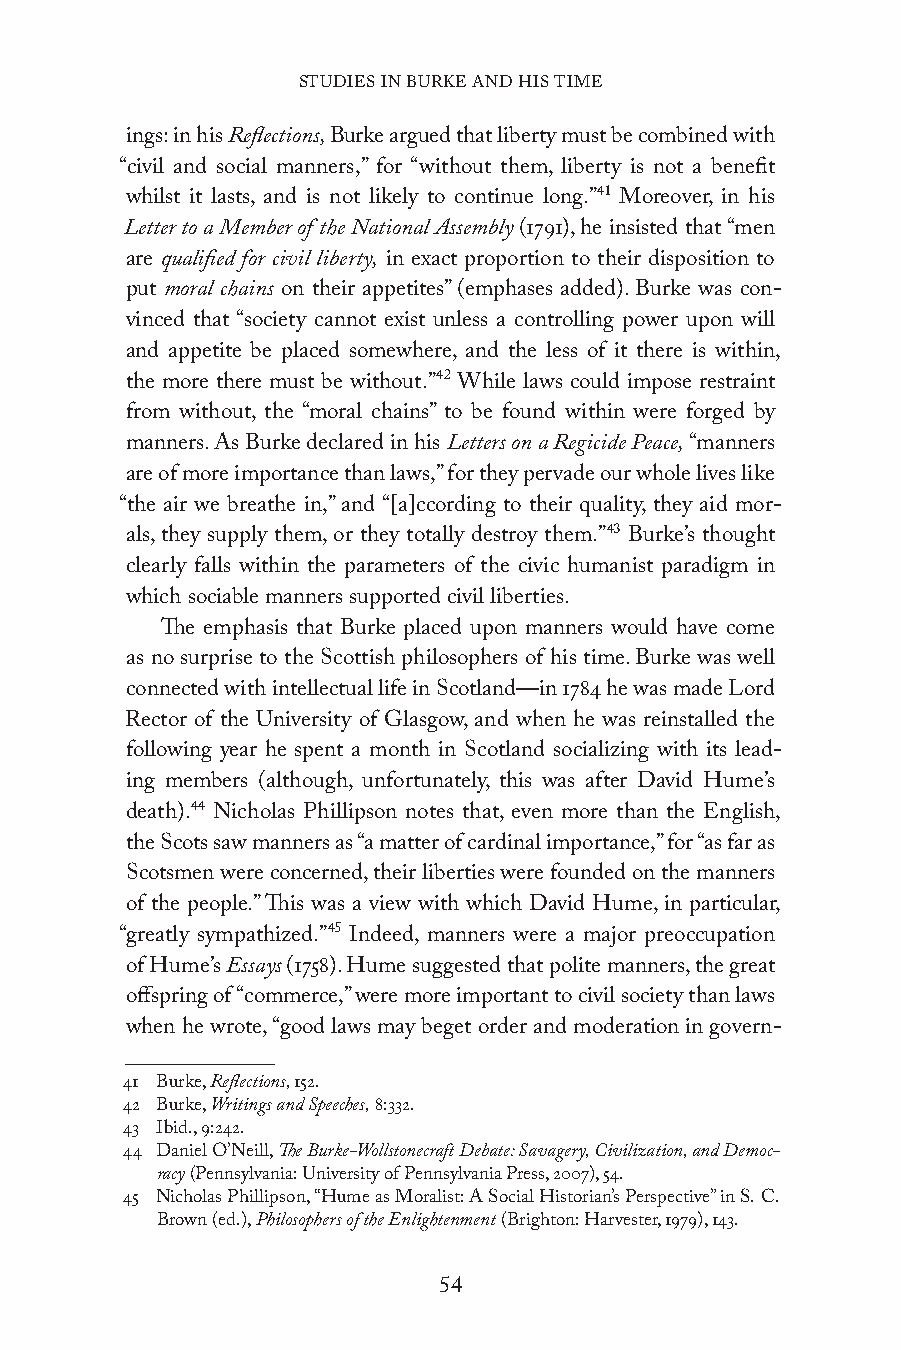
STUDIES IN BURKE AND HIS TIME
 ings: in his Reflections, Burke argued that liberty must be combined with
 “civil and social manners,” for “without them, liberty is not a benefit
 whilst it lasts, and is not likely to continue long.”41 Moreover, in his
 Letter to a Member of the National Assembly (1791), he insisted that “men
 are qualified for civil liberty, in exact proportion to their disposition to
 put moral chains on their appetites” (emphases added). Burke was con-
 vinced that “society cannot exist unless a controlling power upon will
 and appetite be placed somewhere, and the less of it there is within,
 the more there must be without.”42 While laws could impose restraint
 from without, the “moral chains” to be found within were forged by
 manners. As Burke declared in his Letters on a Regicide Peace, “manners
 are of more importance than laws,” for they pervade our whole lives like
 “the air we breathe in,” and “[a]ccording to their quality, they aid mor-
 als, they supply them, or they totally destroy them.”43 Burke’s thought
 clearly falls within the parameters of the civic humanist paradigm in
 which sociable manners supported civil liberties.
 The emphasis that Burke placed upon manners would have come
 as no surprise to the Scottish philosophers of his time. Burke was well
 connected with intellectual life in Scotland—in 1784 he was made Lord
 Rector of the University of Glasgow, and when he was reinstalled the
 following year he spent a month in Scotland socializing with its lead-
 ing members (although, unfortunately, this was after David Hume’s
 death).44 Nicholas Phillipson notes that, even more than the English,
 the Scots saw manners as “a matter of cardinal importance,” for “as far as
 Scotsmen were concerned, their liberties were founded on the manners
 of the people.” This was a view with which David Hume, in particular,
 “greatly sympathized.”45 Indeed, manners were a major preoccupation
 of Hume’s Essays (1758). Hume suggested that polite manners, the great
 offspring of “commerce,” were more important to civil society than laws
 when he wrote, “good laws may beget order and moderation in govern-
 41 Burke, Reflections, 152.
 42 Burke, Writings and Speeches, 8:332.
 43 Ibid., 9:242.
 44 Daniel O’Neill, The Burke-Wollstonecraft Debate: Savagery, Civilization, and Democ-
 racy (Pennsylvania: University of Pennsylvania Press, 2007), 54.
 45 Nicholas Phillipson, “Hume as Moralist: A Social Historian’s Perspective” in S. C.
 Brown (ed.), Philosophers of the Enlightenment (Brighton: Harvester, 1979), 143.
 54